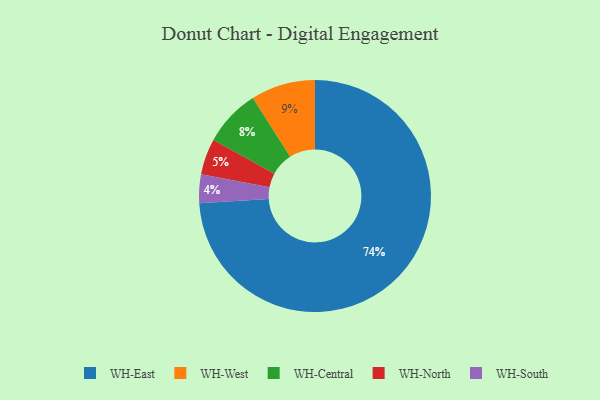
{"axis": {"x": "Category", "y": "Percentage"}, "legend": ["WH-Central", "WH-East", "WH-North", "WH-South", "WH-West"], "data": [{"x": "WH-South", "y": 4, "type": "WH-South"}, {"x": "WH-East", "y": 74, "type": "WH-East"}, {"x": "WH-West", "y": 9, "type": "WH-West"}, {"x": "WH-North", "y": 5, "type": "WH-North"}, {"x": "WH-Central", "y": 8, "type": "WH-Central"}]}